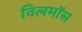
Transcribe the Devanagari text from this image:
विलमॉस